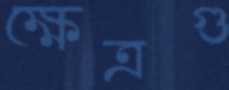
ক্ষেত্রগু